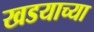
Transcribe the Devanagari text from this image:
खडयाच्या